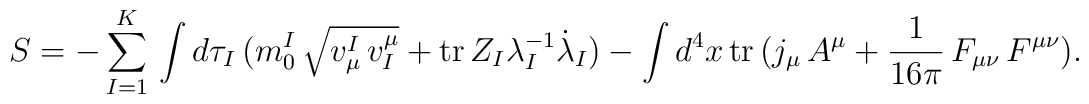
S=-\sum_{I=1}^K\,\int d\tau_I\,(m^I_0\,\sqrt{v_\mu^I\,v_I^\mu}+{\rm tr}\,Z_I\lambda^{-1}_I{\dot\lambda}_I)-\int d^4x\,{\rm tr}\,\bigl(j_\mu\,A^\mu+{1\over 16\pi}\,F_{\mu\nu}\,F^{\mu\nu}\bigr).